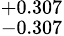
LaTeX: ^{+0.307}_{-0.307}